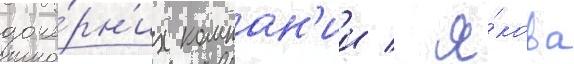
доче́рн'их компан'ии / я́кова